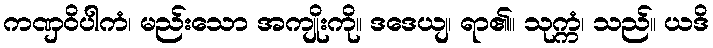
ကဏှဝိပါကံ၊ မည်းသော အကျိုးကို။ ဒဒေယျ၊ ရာ၏။ သုက္ကံ၊ သည်။ ယဒိ